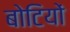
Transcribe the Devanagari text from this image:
बोटियों